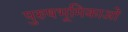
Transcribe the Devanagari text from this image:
पुरुषभूमिकाओं